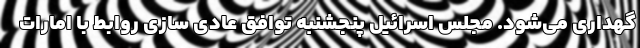
گهداری می‌شود. مجلس اسرائیل پنجشنبه توافق عادی سازی روابط با امارات